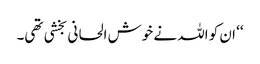
‘‘ ان کو اللہ نے خوش الحانی بخشی تھی۔